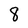
Character: 8